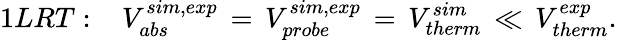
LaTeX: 1LRT:\, \, \, \, \, V_{abs}^{sim,exp}\, =\, V_{probe}^{sim,exp}\, =\, V_{therm}^{sim}\, \ll\, V_{therm}^{exp}.